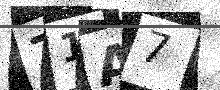
Text: 71A7